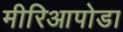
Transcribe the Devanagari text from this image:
मीरिआपोडा